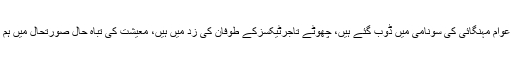
بیوروکریسی کومشکلات کاسامناہے، عوام مہنگائی کی سونامی میں ڈوب گئے ہیں، چھوٹے تاجرٹیکسزکے طوفان کی زد میں ہیں، معیشت کی تباہ حال صورتحال میں ہم میگا پروجیکٹس کاافتتاح کررہے ہیں۔